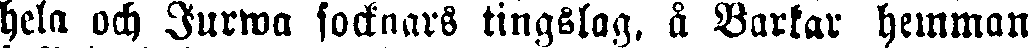
hela och Jurwa socknars tingslag, å Barkar hemman